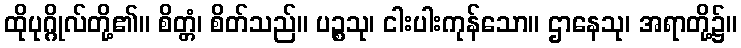
ထိုပုဂ္ဂိုလ်တို့၏။ စိတ္တံ၊ စိတ်သည်။ ပဉ္စသု၊ ငါးပါးကုန်သော။ ဌာနေသု၊ အရာတို့၌။